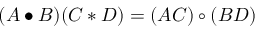
( A \bullet B ) ( C \ast D ) = ( A C ) \circ ( B D )